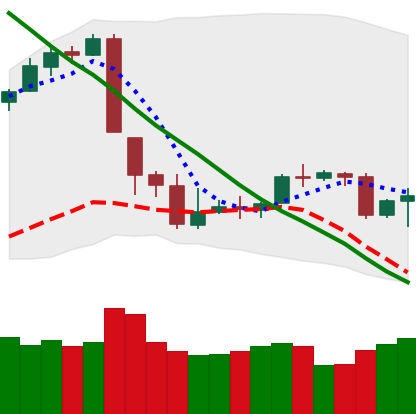
Ticker: BTC-USD
Chart end date: 2018-09-19
Forward return: 3.077%
Label: up_3_5